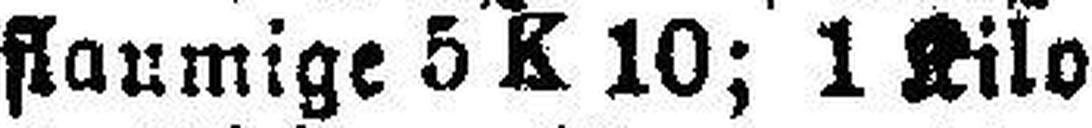
flaumige 5 K 10; 1 Kilo